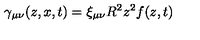
\gamma _ { \mu \nu } ( z , x , t ) = \xi _ { \mu \nu } R ^ { 2 } z ^ { 2 } f ( z , t )